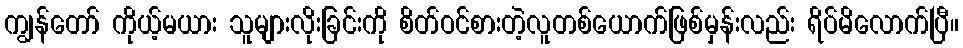
ကျွန်တော် ကိုယ့်မယား သူများလိုးခြင်းကို စိတ်ဝင်စားတဲ့လူတစ်ယောက်ဖြစ်မှန်းလည်း ရိပ်မိလောက်ပြီ။